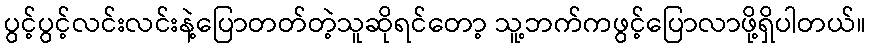
ပွင့်ပွင့်လင်းလင်းနဲ့ပြောတတ်တဲ့သူဆိုရင်တော့ သူ့ဘက်ကဖွင့်ပြောလာဖို့ရှိပါတယ်။